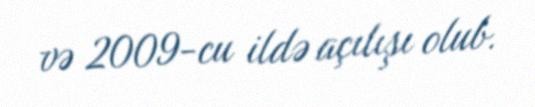
və 2009-cu ildə açılışı olub.